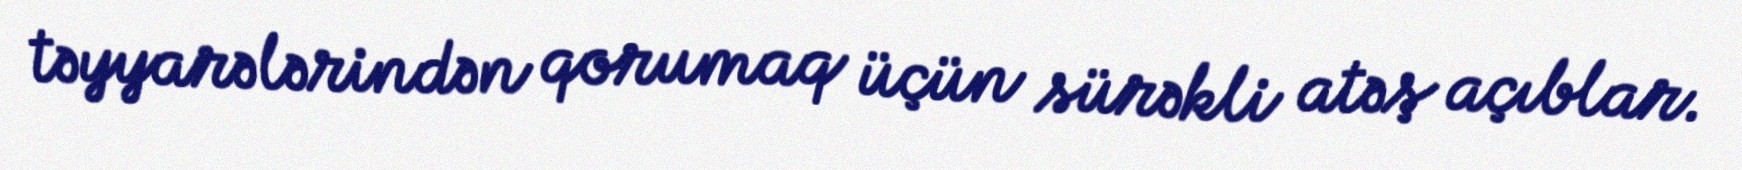
təyyarələrindən qorumaq üçün sürəkli atəş açıblar.